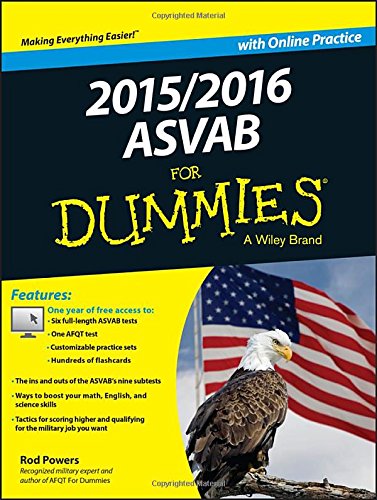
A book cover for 2015 / 2016 ASVAB For Dummies with Online Practice; Rod Powers; Test Preparation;